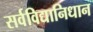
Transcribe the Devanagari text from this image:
सर्वविद्यानिधान